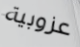
عزوبية